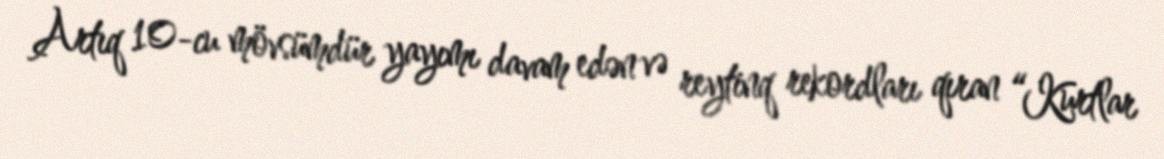
Artıq 10-cu mövsümdür yayımı davam edən və reytinq rekordları qıran “Kurtlar